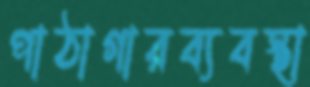
পাঠাগারব্যবস্থা